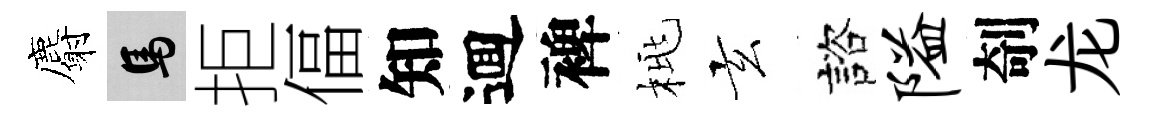
麝馬拒偪知逥裨桃玄諮隘剞龙